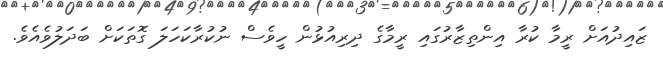
ޒައިދުއަށް ރީމާ ކުރާ އިންތިޒާރުގައި ރީމާގެ ދިރިއުޅުން ހީވެސް ނުކުރާކަހަލަ ގޮތަކަށް ބަދަލުވެއެވެ.